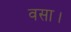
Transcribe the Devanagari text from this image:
वसा।